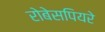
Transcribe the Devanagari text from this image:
रोबेसपियरे